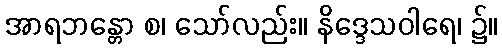
အာရဘန္တော စ၊ သော်လည်း။ နိဒ္ဒေသဝါရေ၊ ၌။